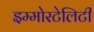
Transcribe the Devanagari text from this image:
इम्मोरटेलिटी